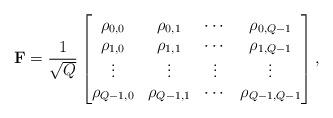
LaTeX: \begin{align*} {\mathbf F} = \frac{1}{\sqrt{Q}}\begin{bmatrix}\rho_{0,0} &\rho_{0,1} & \cdots & \rho_{0,Q-1} \\\rho_{1,0} & \rho_{1,1} & \cdots & \rho_{1,Q-1} \\ \vdots & \vdots & \vdots & \vdots \\ \rho_{Q-1,0} & \rho_{Q-1,1} & \cdots & \rho_{Q-1,Q-1} \end{bmatrix},\end{align*}